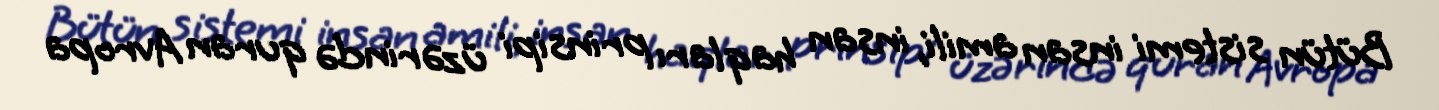
Bütün sistemi insan amili, insan haqları prinsipi üzərində quran Avropa